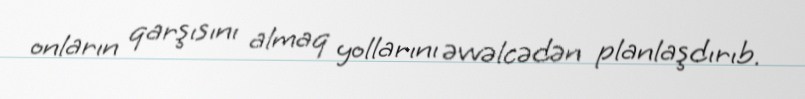
onların qarşısını almaq yollarını əvvəlcədən planlaşdırıb.